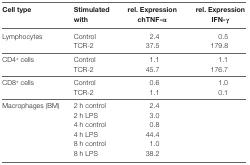
<table><thead><tr><td><b>Cell type</b></td><td><b>Stimulated with</b></td><td><b>rel. Expression chTNF-α</b></td><td><b>rel. Expression IFN-γ</b></td></tr></thead><tbody><tr><td>Lymphocytes</td><td>Control</td><td>2.4</td><td>0.5</td></tr><tr><td></td><td>TCR-2</td><td>37.5</td><td>179.8</td></tr><tr><td>CD4<sup>+</sup> cells</td><td>Control</td><td>1.1</td><td>1.1</td></tr><tr><td></td><td>TCR-2</td><td>45.7</td><td>176.7</td></tr><tr><td>CD8<sup>+</sup> cells</td><td>Control</td><td>0.6</td><td>1.0</td></tr><tr><td></td><td>TCR-2</td><td>1.1</td><td>0.1</td></tr><tr><td>Macrophages (BM)</td><td>2 h control</td><td>2.4</td><td></td></tr><tr><td></td><td>2 h LPS</td><td>3.0</td><td></td></tr><tr><td></td><td>4 h control</td><td>0.8</td><td></td></tr><tr><td></td><td>4 h LPS</td><td>44.4</td><td></td></tr><tr><td></td><td>8 h control</td><td>1.0</td><td></td></tr><tr><td></td><td>8 h LPS</td><td>38.2</td><td></td></tr></tbody></table>